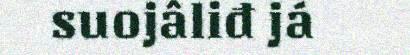
suojâliđ já